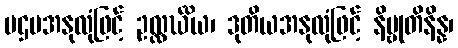
ပဌမအနုလုံဖြင့် ဥလ္လင်္ဃိယ၊ ဒုတိယအနုလုံဖြင့် နိဗ္ဗုတိနိန္န၊